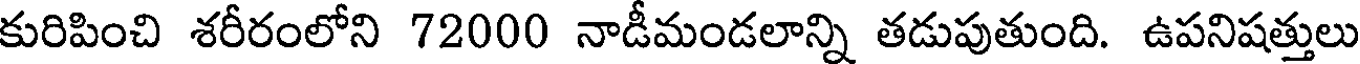
కురిపించి శరీరంలోని 72000 నాడీమండలాన్ని తడుపుతుంది. ఉపనిషత్తులు